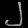
Digit: ၂